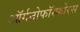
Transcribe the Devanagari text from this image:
ऑर्गनोफॉस्फोरस